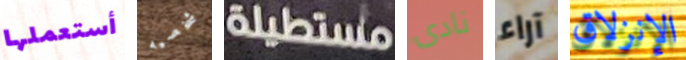
أستعملها شخصيه مستطيلة نادى آراء الإنزلاق